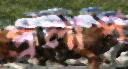
প্রলাপ